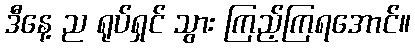
ဒီနေ့ ည ရုပ်ရှင် သွား ကြည့်ကြရအောင်။